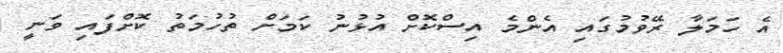
އެ ހަމަލާ ރޭވުމުގައި އެންމެ އިސްކޮށް އުޅުނު ކަމަށް ތުުހުމަތު ކޮށްފައި ވަނީ